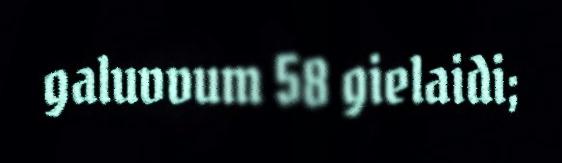
galuvvum 58 gielaidi;